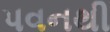
પવનથી